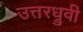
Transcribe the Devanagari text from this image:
उत्तरध्रुवी